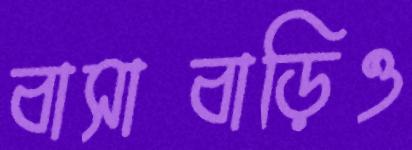
বাসাবাড়িও